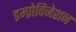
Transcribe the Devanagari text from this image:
इम्प्रोविजेशन